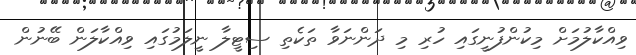
ވިއްކާލުމަށް މިކުންފުނީގައި ހުރި މި ދަންނަވާ ތަކެތި ސިޓީލާ ނީލަމުގައި ވިއްކާލަން ބޭނުން